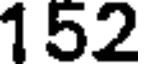
152